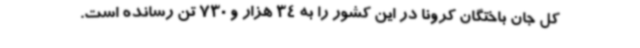
کل جان باختگان کرونا در این کشور را به 34 هزار و 730 تن رسانده است.